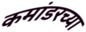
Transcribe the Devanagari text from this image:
कमांडरच्या